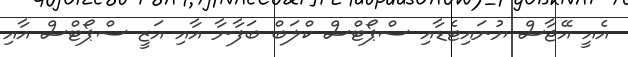
އެއީ އޭޖާސް ޔުނައިޓެޑާއި ސްޕޯޓްސް ކްލަބް ބަފާނާ އާއި އަޒީ ސްޕޯޓްސް އާއި